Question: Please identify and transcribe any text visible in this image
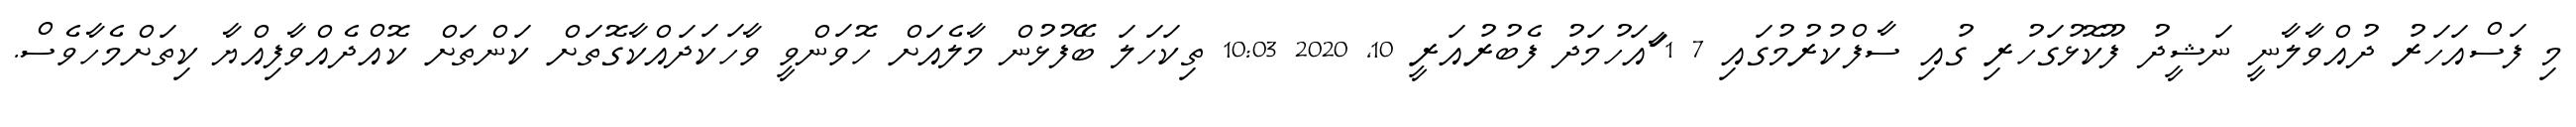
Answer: މި ފަސްއަހަރު ދުއްވާލާނީ ނަޝީދު ފޫކޮޅުގަހުރި ގުއި ސާފްކުރުމުގައި 7 1 ާައަހުމަދު ފެބުރުއަރީ 10, 2020 10:03 ތިކަހަލަ ބޭފުޅުން މާލެއަށް ހޮވަންވީ ވާހަކަދައްކާގޮތަށް ކަންތަށް ކޮއްދެއްވާފިއްޔާ ކިތަށްމެހާވެސް.